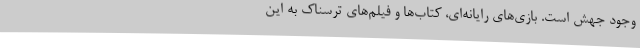
وجود جهش است. بازی‌های رایانه‌ای، کتاب‌ها و فیلم‌های ترسناک به این